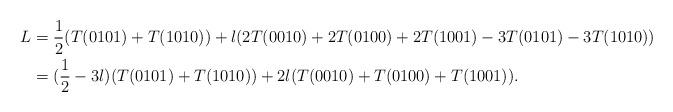
LaTeX: \begin{align*} L&=\frac{1}{2}(T(0101)+T(1010))+\l(2T(0010)+2T(0100)+2T(1001)-3T(0101)-3T(1010))\\&=(\frac{1}{2}-3\l)(T(0101)+T(1010))+2\l(T(0010)+T(0100)+T(1001)).\end{align*}